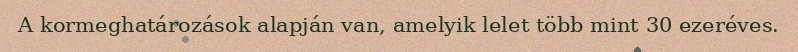
A kormeghatározások alapján van, amelyik lelet több mint 30 ezeréves.